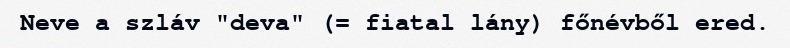
Neve a szláv "deva" (= fiatal lány) főnévből ered.